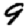
Digit: 9